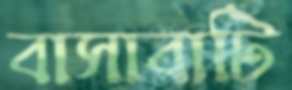
বাসাবাটি